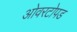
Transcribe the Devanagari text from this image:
ओवरटोपड